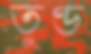
তুণ্ড